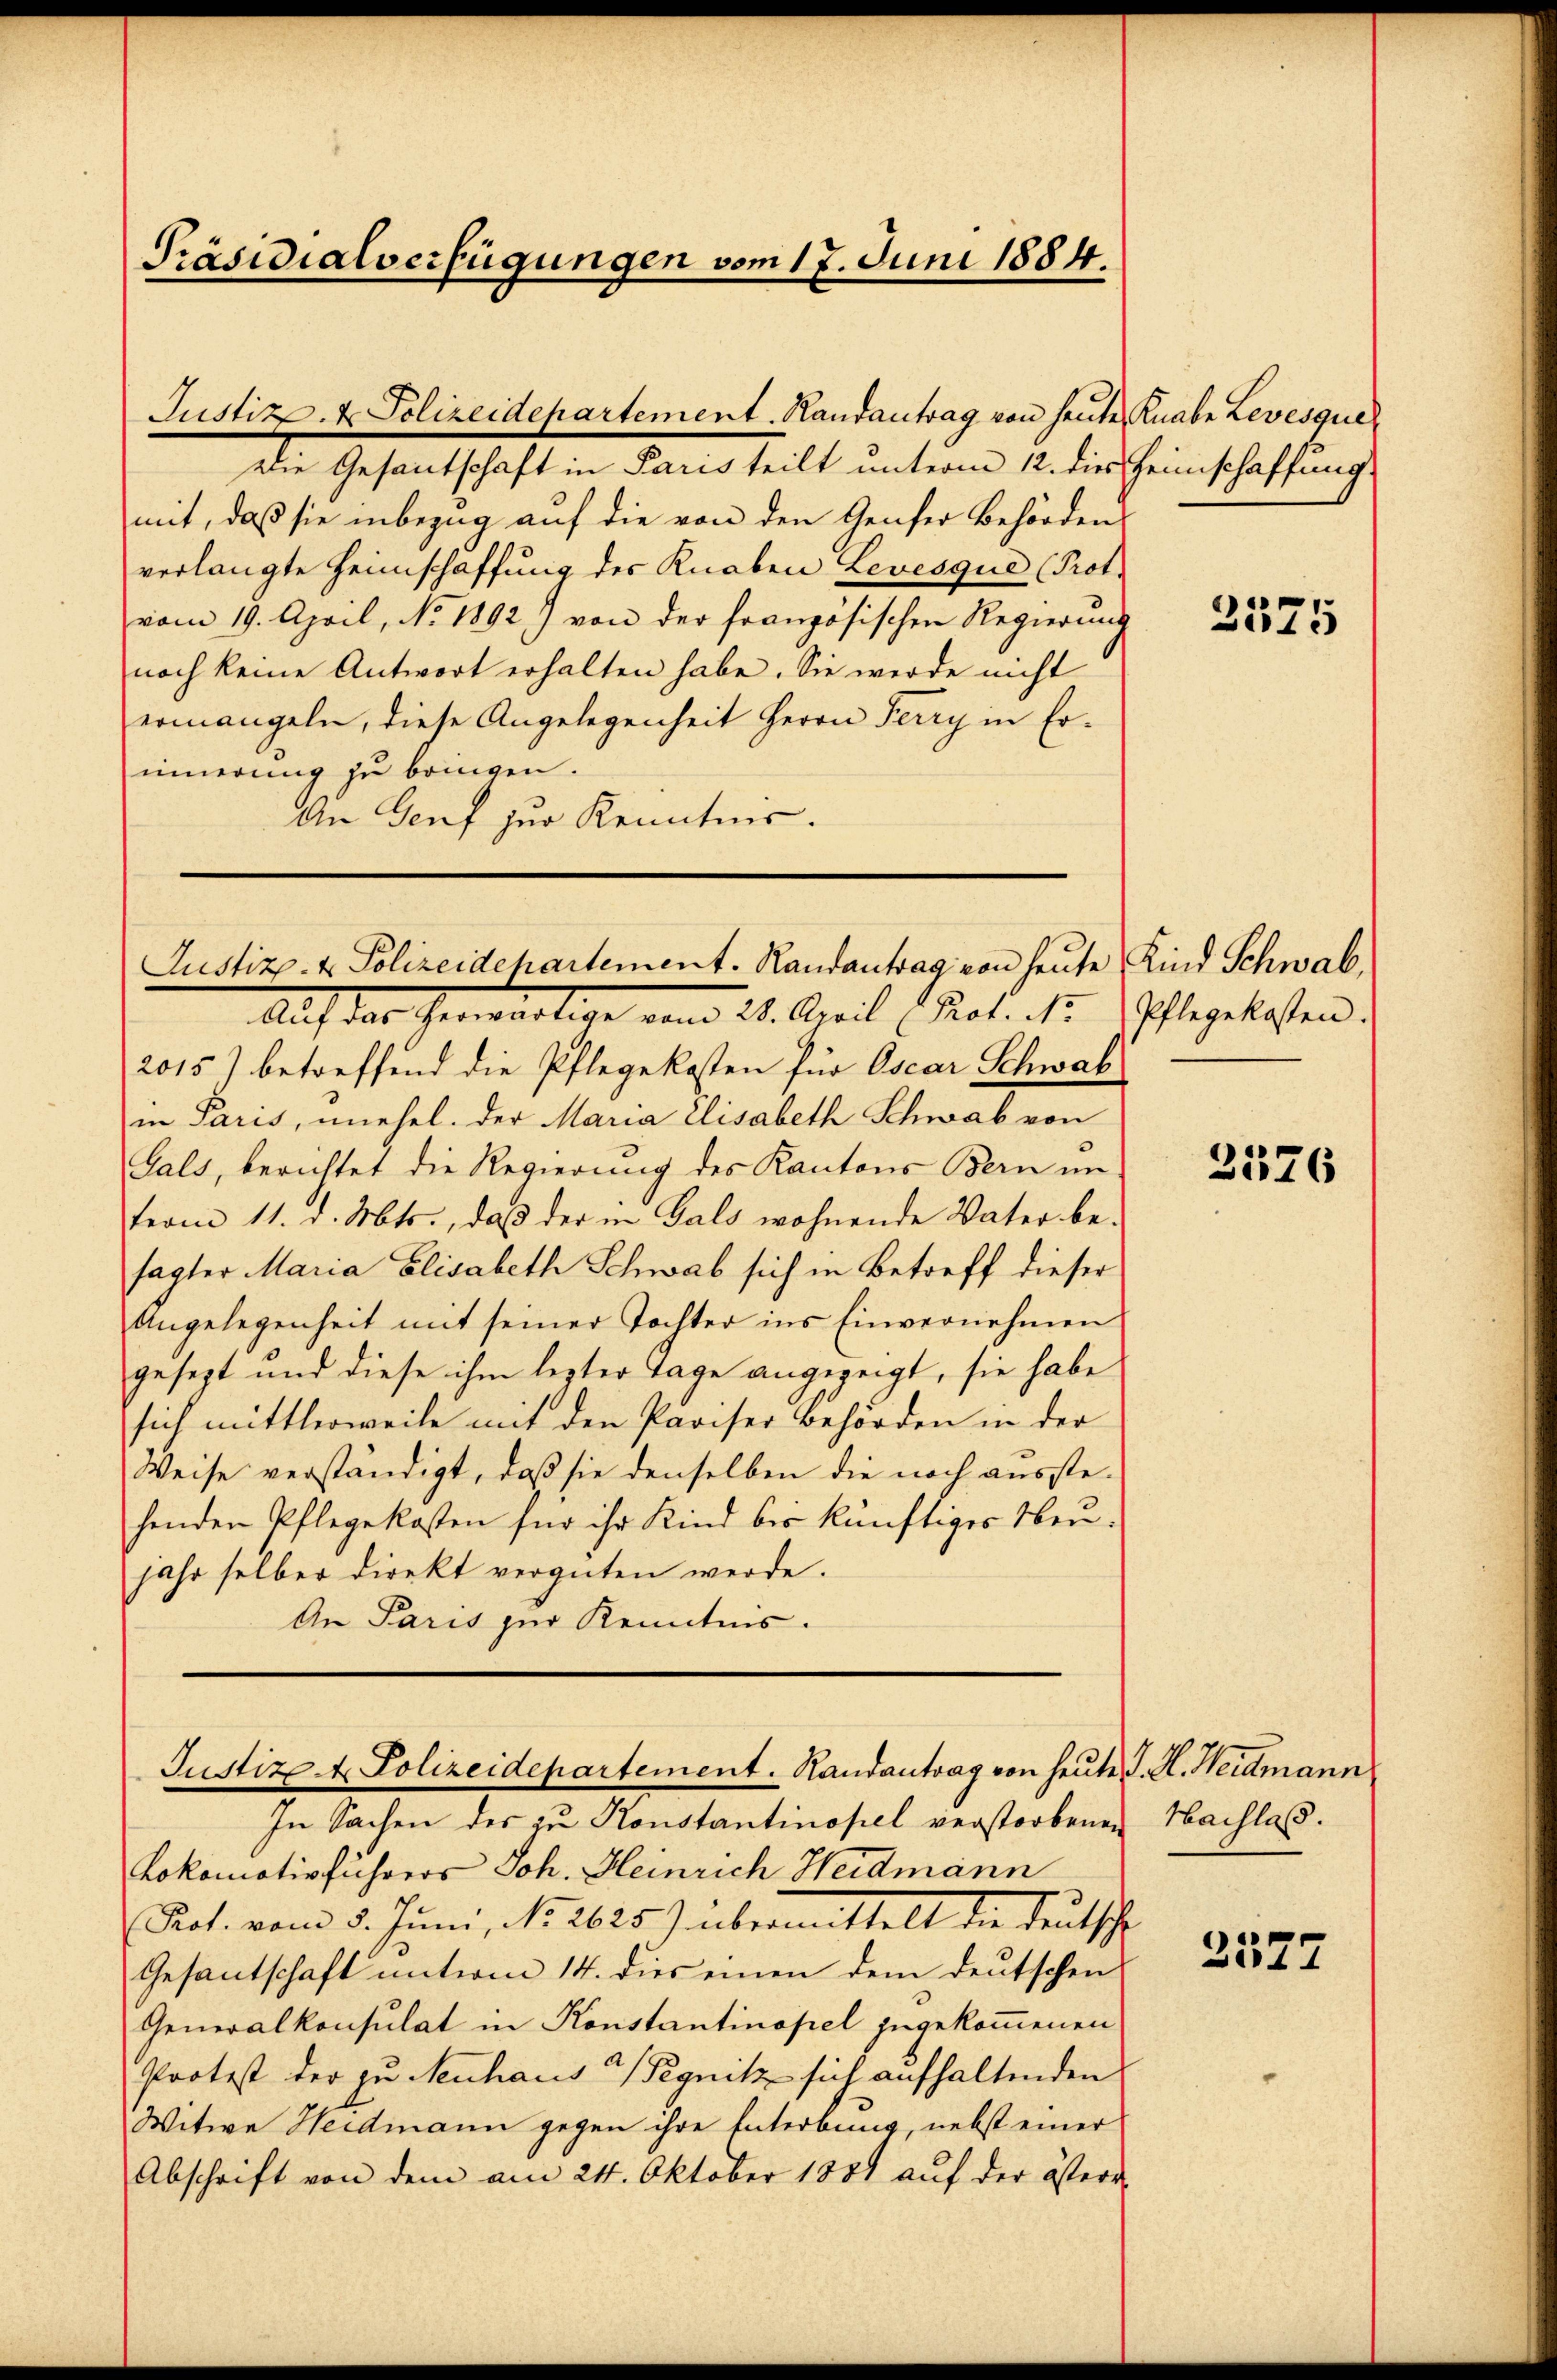
Präsidialverfügungen vom 17. Juni 1884.

Justiz- & Polizeidehartement. Randantrag von heute Kind Schwab

Justiz- & Polizeidehartement. Randantrag von heute Knabe Levesque
Die Gesantschaft in Paris teilt unterm 12. dies Heimschaffung
mit, daß sie inbezug auf die von den Genfer Behördens
verlangte Heimschaffung des Knaben Levesque (Prot.
vom 19. April, No. 1892) von der französischen Regierung
noch keine Antwort erhalten habe. Sie werde nicht
ermangeln, diese Angelegenheit Herrn Ferry in Erinnerung zu bringen.
An Genf zur Kenntnis.

Auf das herwärtige von 24. April (Kot. Nr. Pflegelassen.
2015) betreffend die Pflegekosten für Oscar Schwab
in Paris, unehel. Der Maria Elisabeth Schwab von
Gals, berichtet die Regierung des Kantons Bern im
term 11. d. Mts., daß der in Gals wohnende Vater besagter Maria Elisabeth Schwab sich in Betreff dieser
Angelegenheit mit seiner Tochter ins Einvernehmen
gesezt und diese ihm lezter Tage angezeigt, sie habe
sich mittlerweile mit den Pariser Behörden in der
Weise verständigt, daß sie denselben die noch ausstehenden Pflegekosten für ihr Kind bis künftiges Neujahr selber direkt vergüten werde.
An Paris zur Kenntnis.

Justiz & Polizeidepartement. Randantrag von heute J. H. Heidmann

In Sachen des zu Konstantinopel verstorbenen Nachlass.
Lokomotivführers Joh. Heinrich Heidmann
Pot. vom 5. Juni, No. 2625) übermittelt die deutsche
Gesantschaft unterm 14. dies einen dem deutschen
Generalkonsulat in Konstantinopel zugekommenen
Protest der zu Neuhaus 2 Pegnitz sich aufhaltenden
Witwe Heidmann gegen ihre Enterbung, nebst einer
Abschrift von dem am 24. Oktober 1881 auf der österr

2575

2376

2577